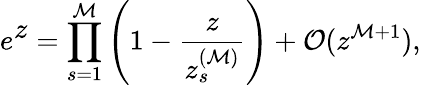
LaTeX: e^{\textstyle z}=\prod_{s=1}^{\cal M}\left(1-\frac{z}{z_{s}^{({\cal M})}}\right)+{\cal O}(z^{{\cal M}+1}),